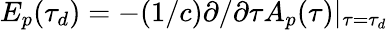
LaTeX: E_{p}(\tau_{d})=-(1/c)\partial/\partial\tau A_{p}(\tau)|_{\tau=\tau_{d}}